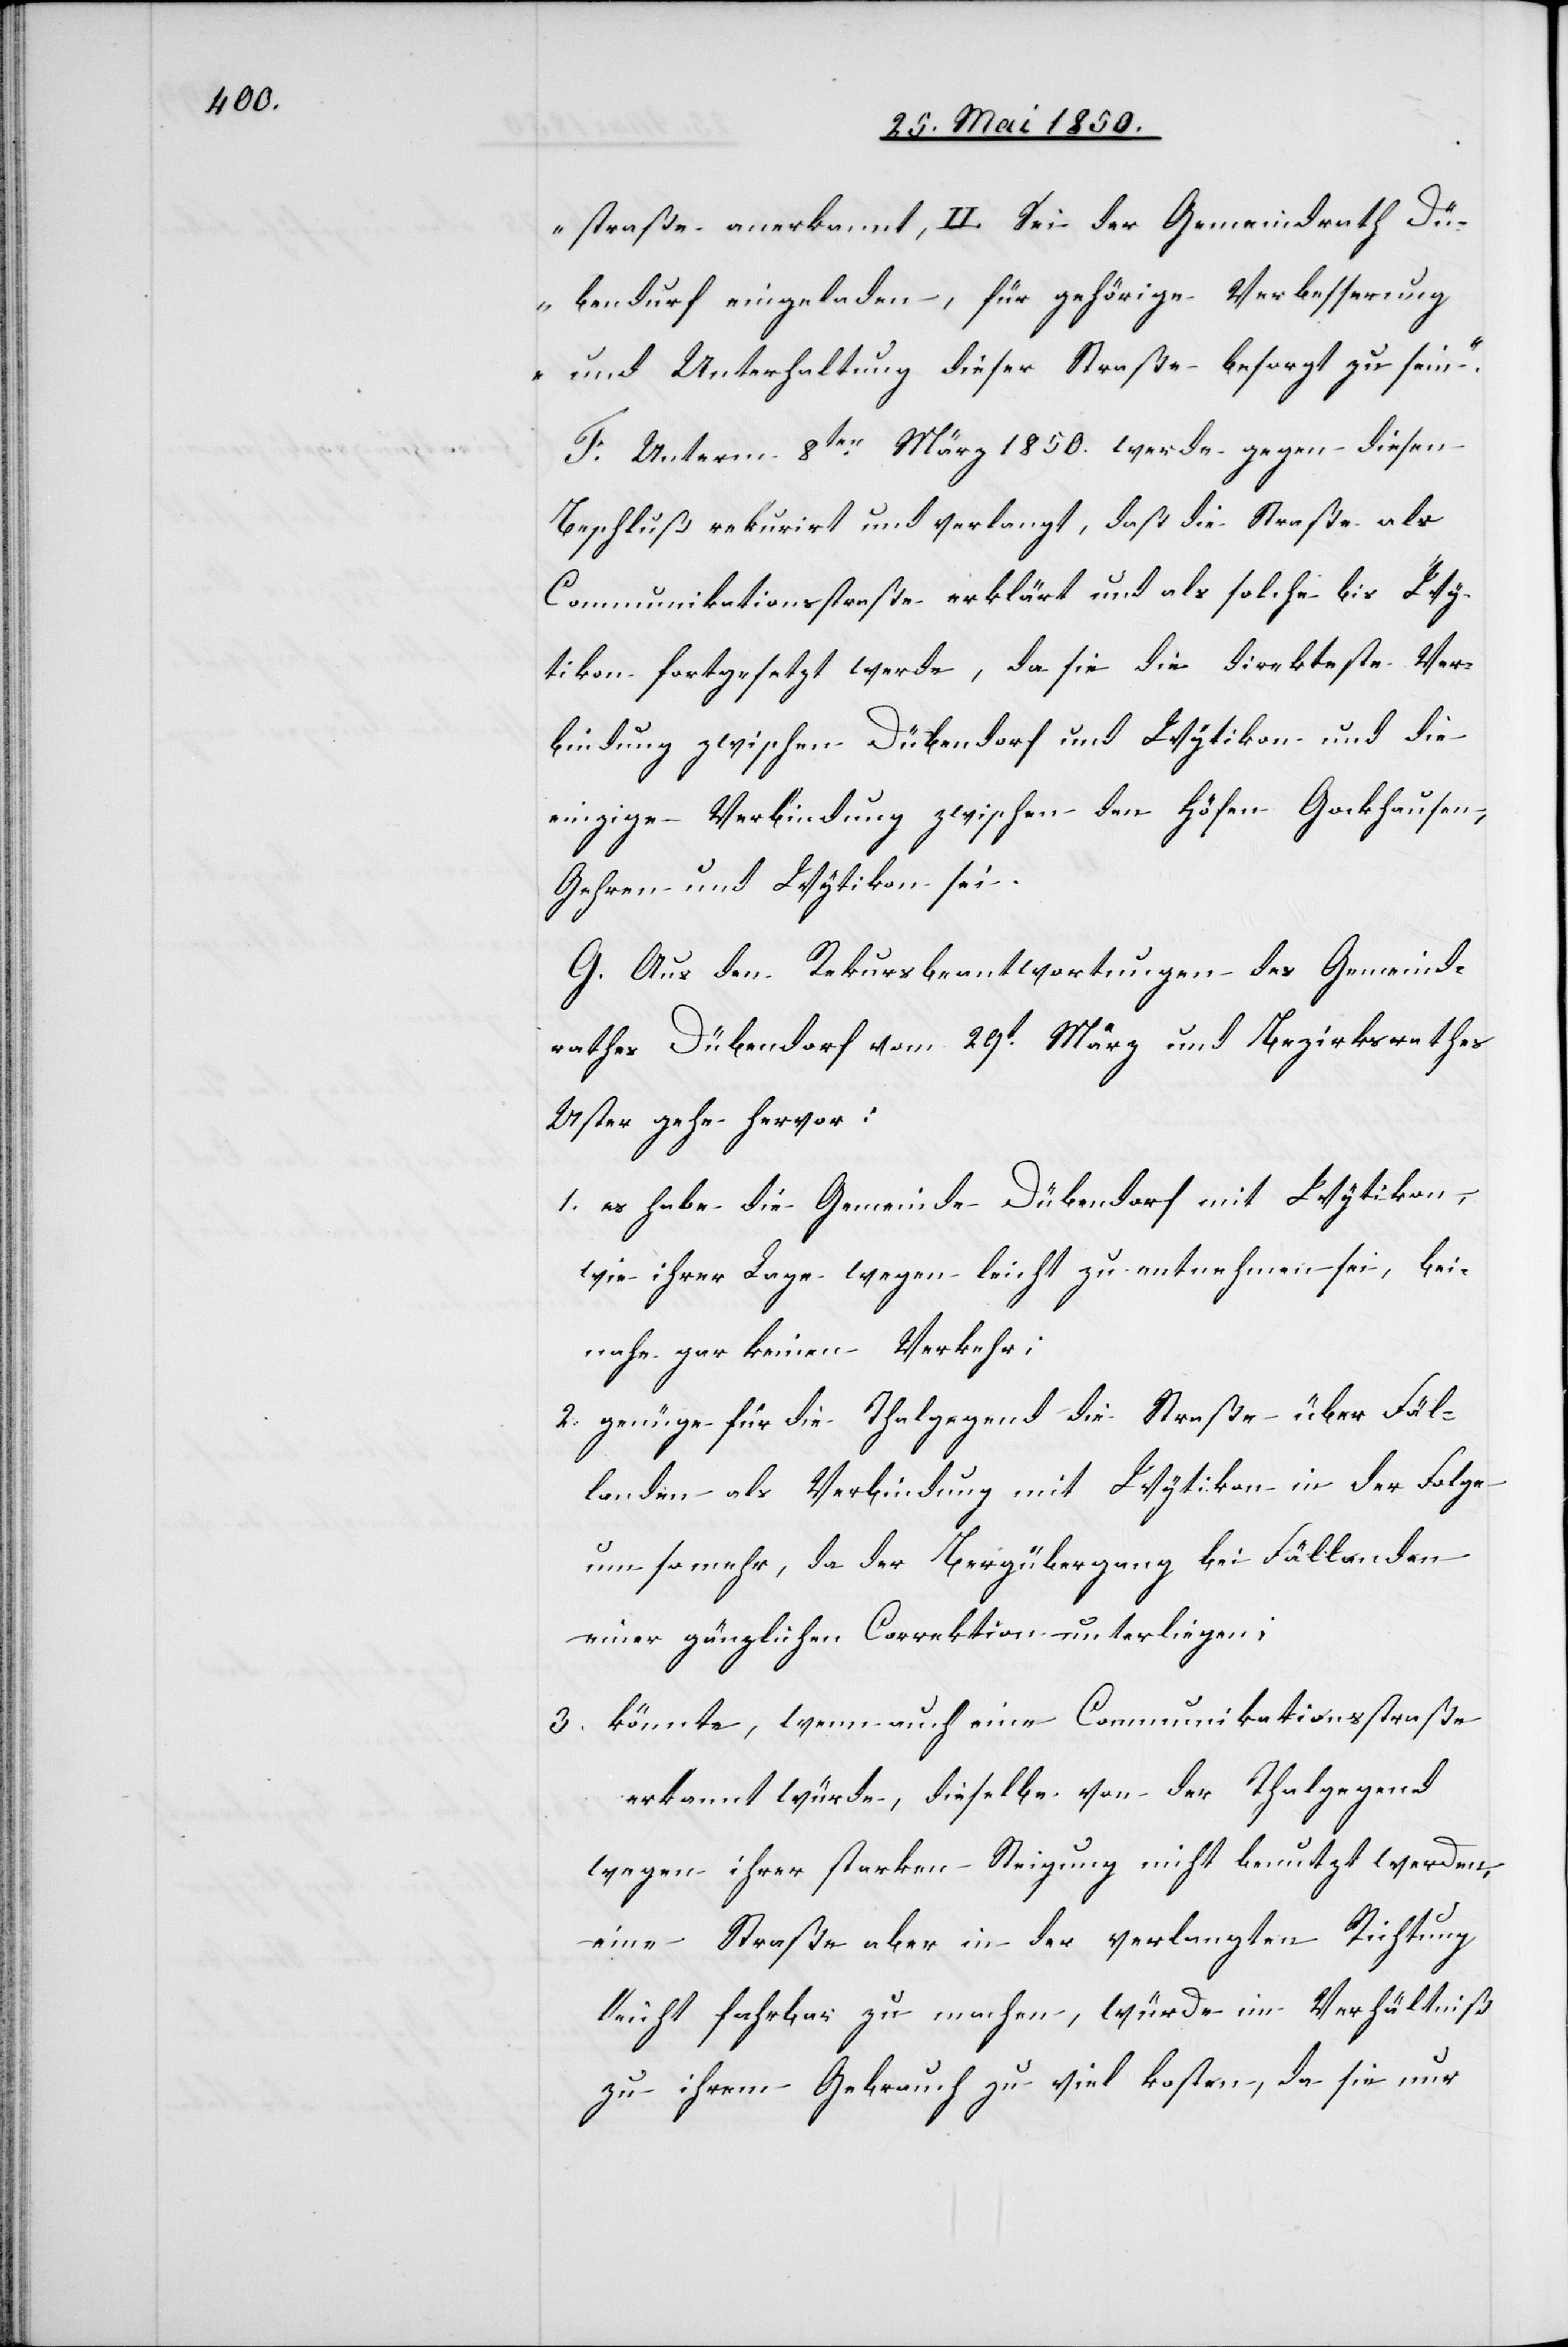
straße anerkannt, II. Sei der Gemeindrath Dü¬
bendurf eingeladen, für gehörige Verbesserung
und Unterhaltung dieser Straße besorgt zu sein.“
F. Unterm 8ten März 1850. werde gegen diesen
Beschluß rekurirt und verlangt, daß die Straße als
Communikationsstraße erklärt und als solche bis Wy¬
tikon fortgesetzt werde, da sie die direkteste Ver¬
bindung zwischen Dübendorf und Wytikon und die
einzige Verbindung zwischen den Höfen Gockhausen,
Gehren und Wytikon sei.
G. Aus den Rekursbeantwortungen des Gemeind¬
rathes Dübendorf vom 29t März und Bezirksrathes
Uster gehe hervor:
1. es habe die Gemeinde Dübendorf mit Wytikon,
wie ihrer Lage wegen leicht zu entnehmen sei, bei¬
nahe gar keinen Verkehr;
2. genüge für die Thalgegend die Straße über Fäl¬
landen als Verbindung mit Wytikon in der Folge
um so mehr, da der Bergübergang bei Fällanden
einer gänzlichen Correktion unterliegen;
3. könnte, wenn auch eine Communikationsstraße
erkannt würde, dieselbe von der Thalgegend
wegen ihrer starken Steigung nicht benutzt werden,
eine Straße aber in der verlangten Richtung
leicht fahrbar zu machen, würde im Verhältniß
zu ihrem Gebrauch zu viel kosten, da sie nur